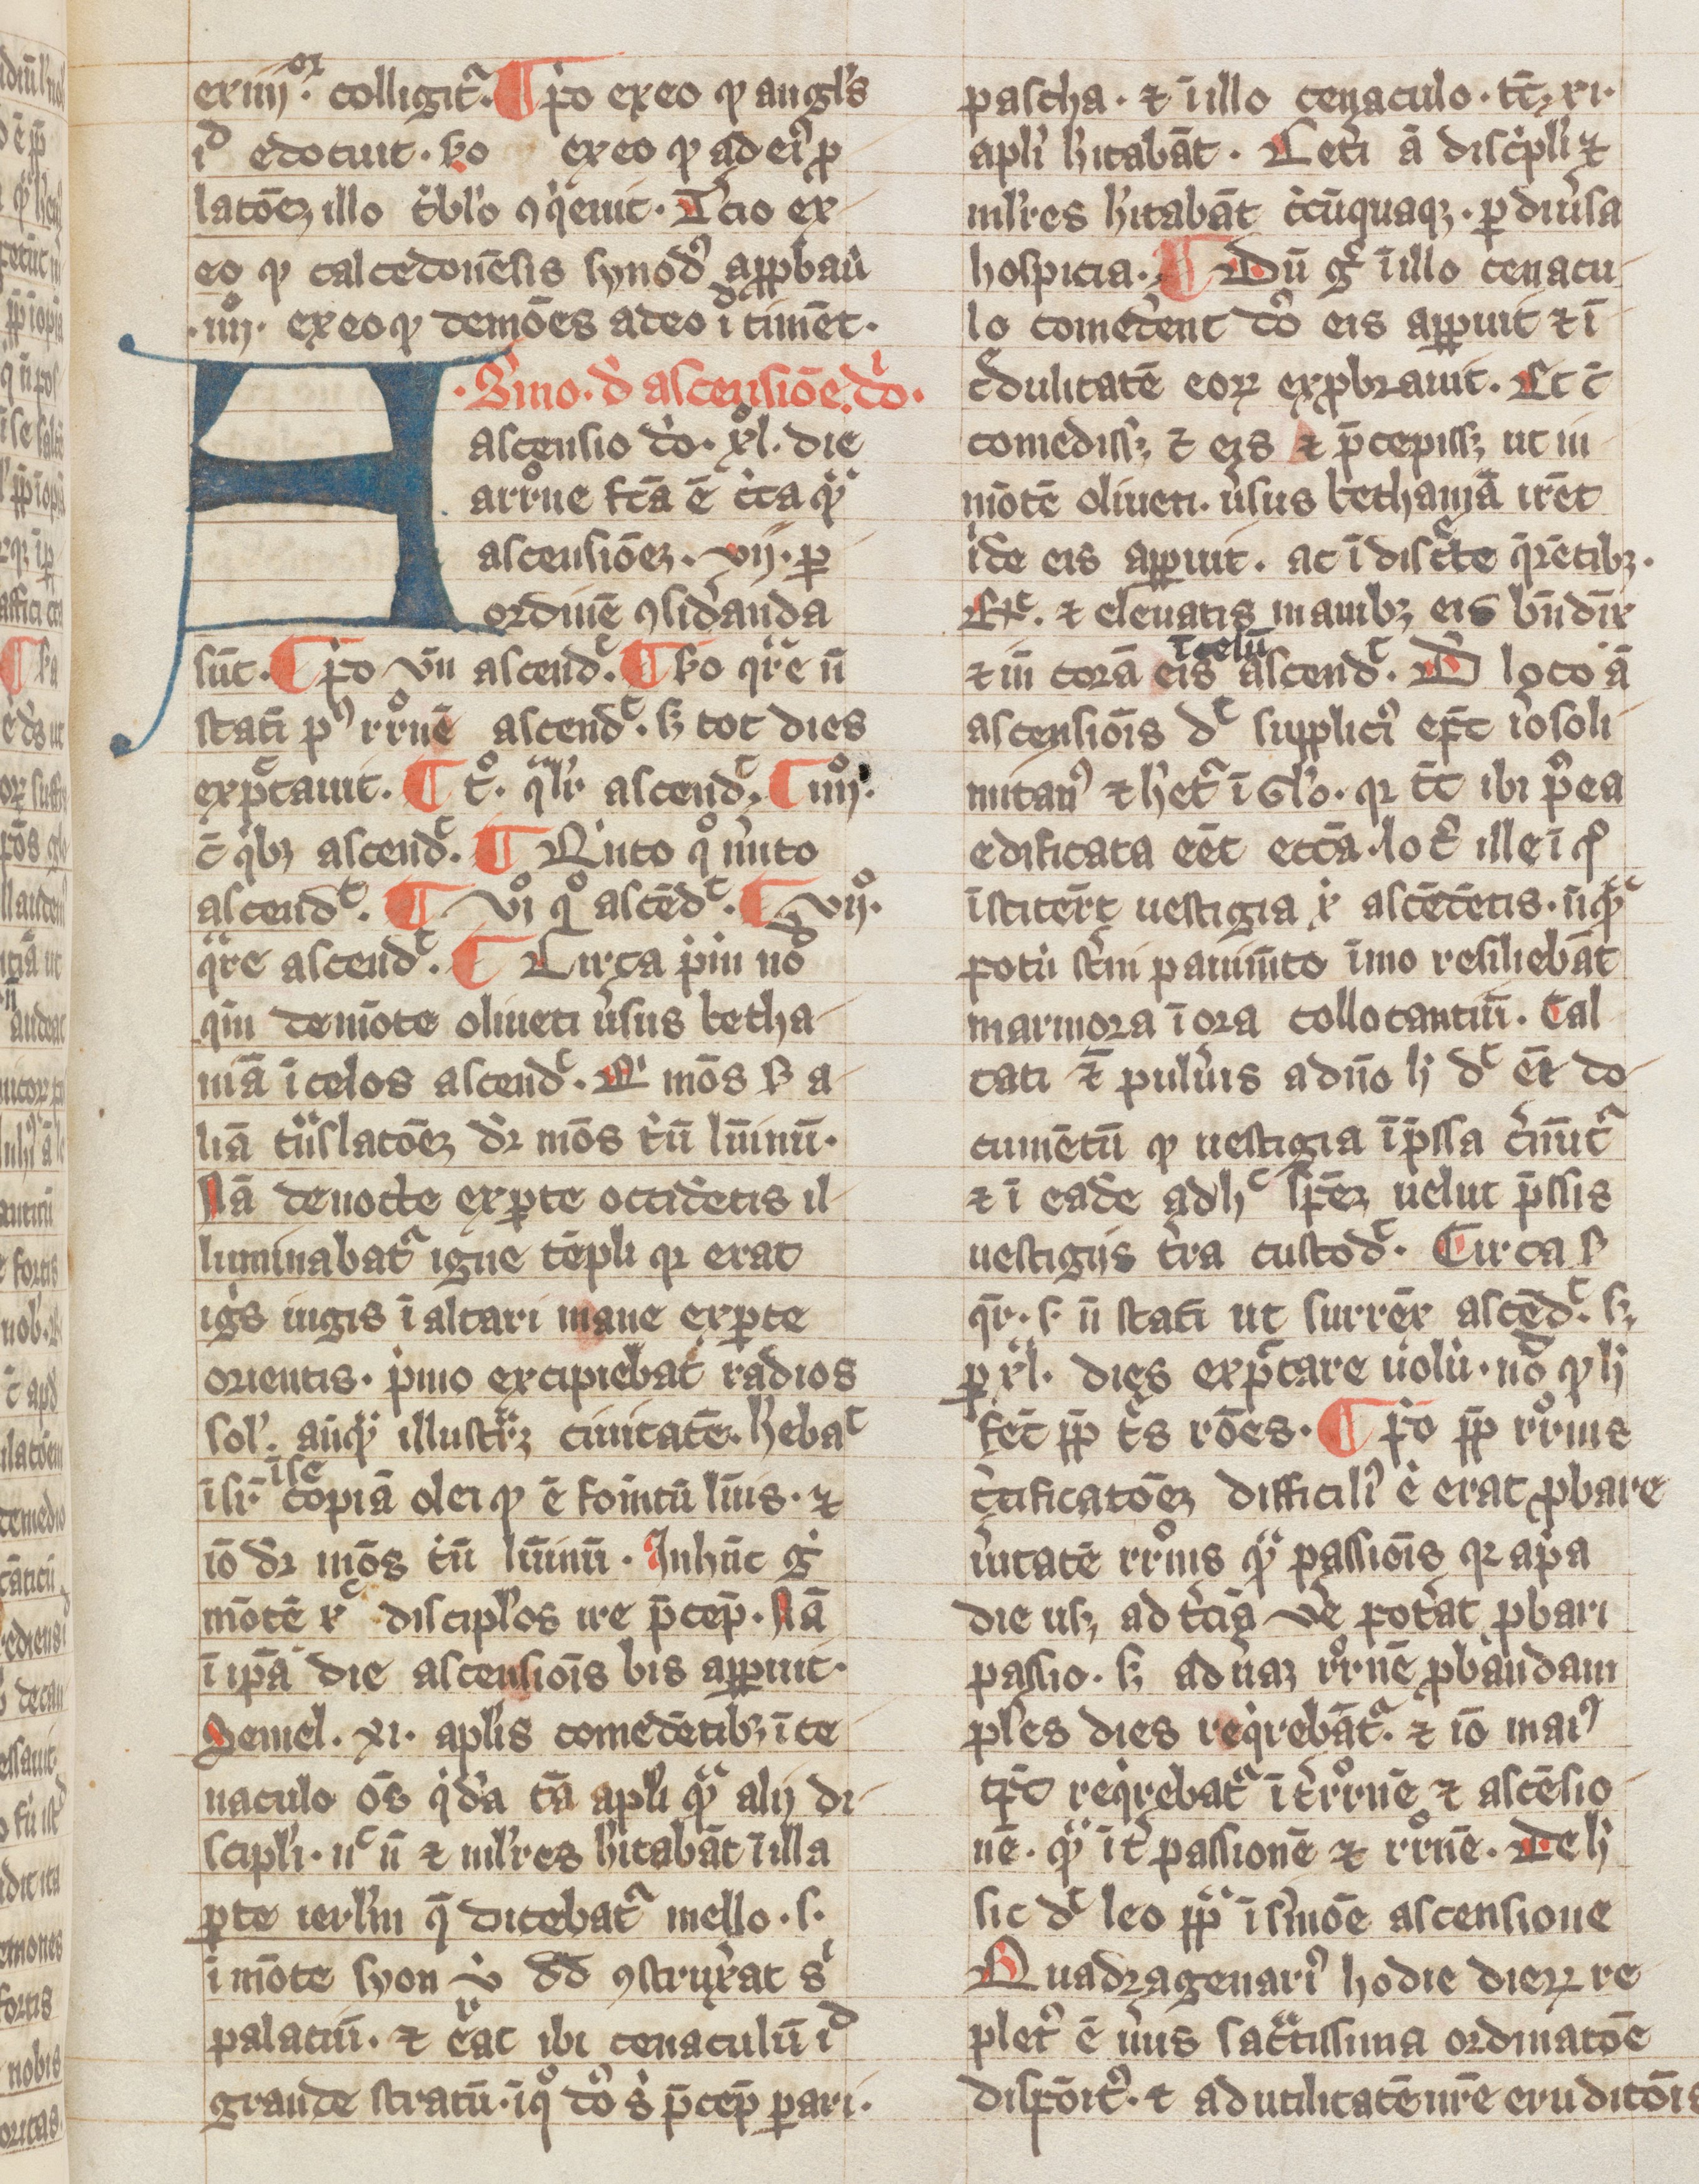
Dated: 1300–1399